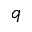
q